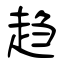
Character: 趋